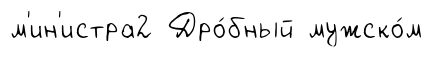
м'ин'истра2 Дро́бный мужско́м